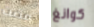
مضت كوانغ